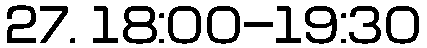
27. 18:00-19:30